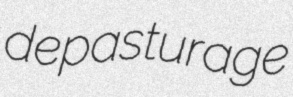
depasturage